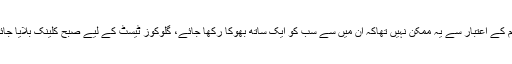
فرض کرلیں کہ آپ لاکھوں کی آبادی کو خدمات بہم پہنچانا چاہتے ہیں تو انتظام اور انصرام کے اعتبار سے یہ ممکن نہیں تھاکہ ان میں سے سب کو ایک ساتھ بھوکا رکھا جائے، گلوکوز ٹیسٹ کے لیے صبح کلینک بلایا جائے، کچھ کھانے کو دیا جائے اور دوسرے ٹیسٹ سے پہلے دو گھنٹے انتظار کروایا جائے۔